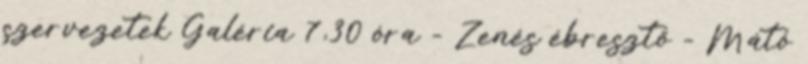
szervezetek Galéria 7,30 óra - Zenés ébresztő - Mátó